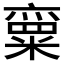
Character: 𱹝